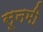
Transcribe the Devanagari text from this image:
सूनमी